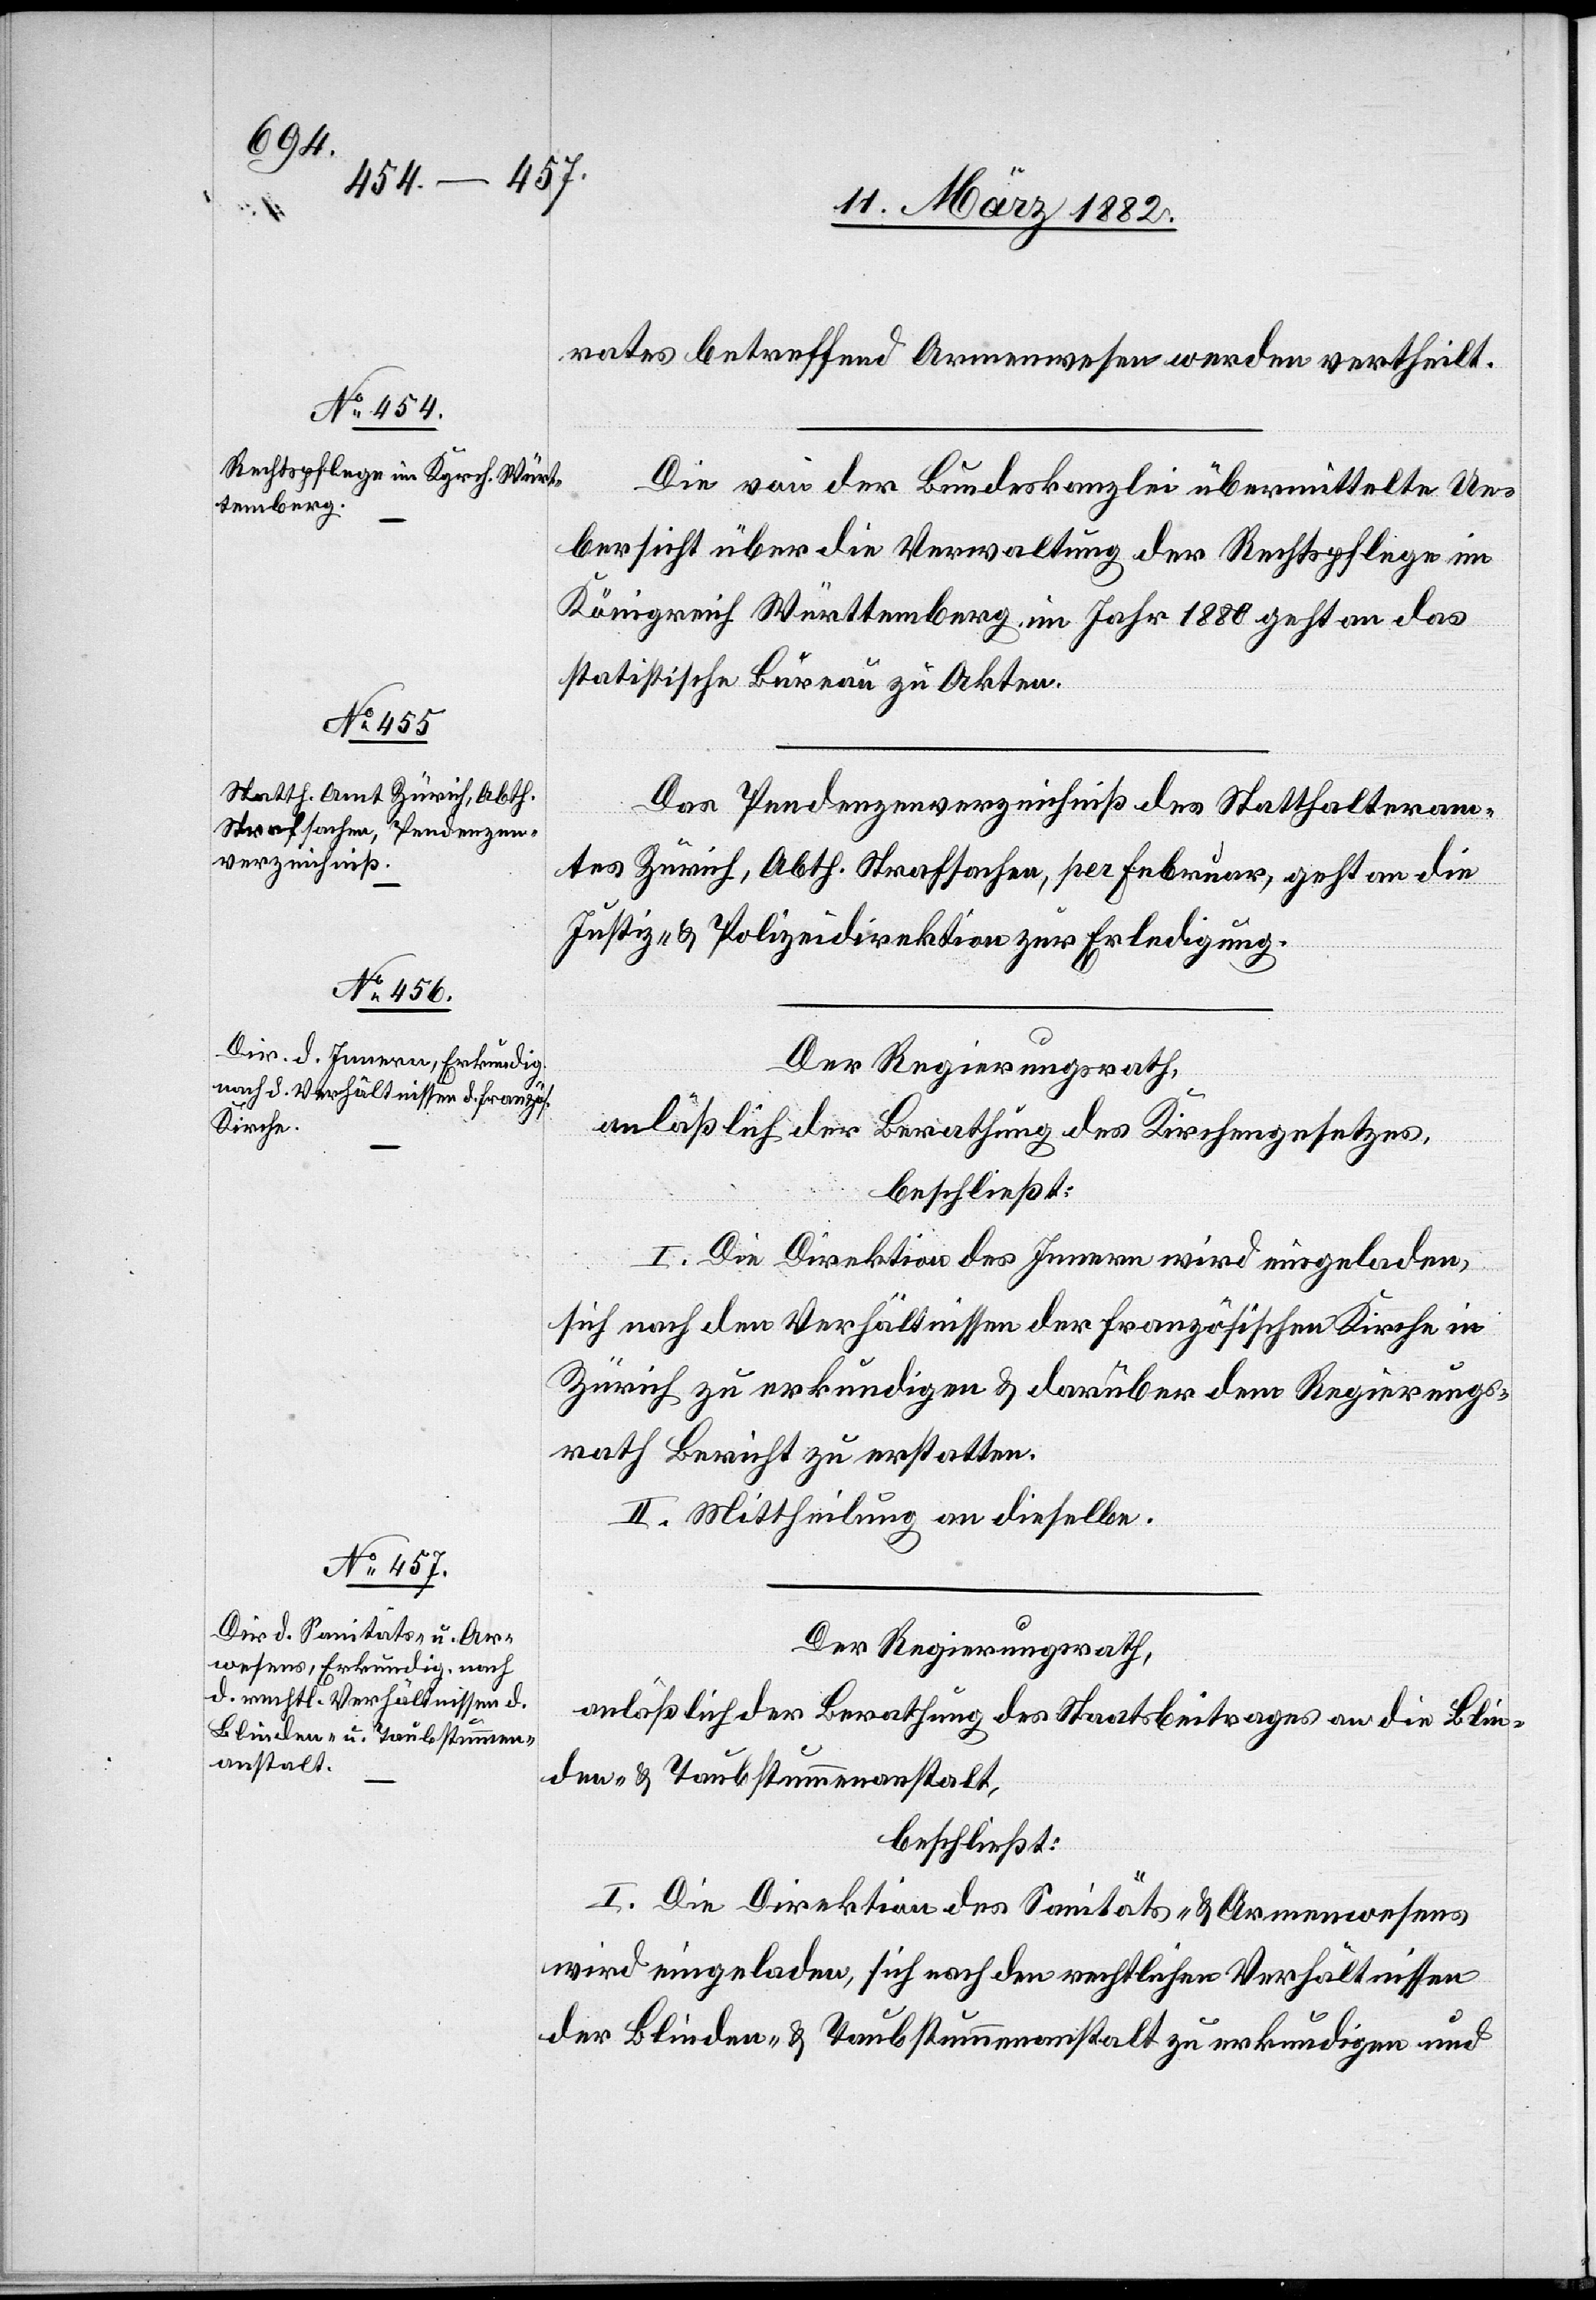
rates betreffend Armenwesen werden vertheilt.
Die von der Bundeskanzlei übermittelte Ue¬
bersicht über die Verwaltung der Rechtspflege im
Königreich Württemberg im Jahr 1880 geht an das
statistische Bureau zu Akten.
Das Pendenzenverzeichniß des Statthalteram¬
tes Zürich, Abth. Strafsachen, per Februar, geht an die
Justiz- & Polizeidirektion zur Erledigung.
anläßlich der Berathung des Kirchengesetzes,
beschließt:
I. Die Direktion des Innern wird eingeladen,
sich nach den Verhältnissen der französischen Kirche in
Zürich zu erkundigen & darüber dem Regierungs¬
rath Bericht zu erstatten.
II. Mittheilung an dieselbe.
Der Regierungsrath,
anläßlich der Berathung des Staatsbeitrages an die Blin¬
den- & Taubstummenanstalt,
beschließt:
I. Die Direktion des Sanitäts- & Armenwesens
wird eingeladen, sich nach den rechtlichen Verhältnissen
der Blinden- & Taubstummenanstalt zu erkundigen und